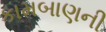
કામબાણની